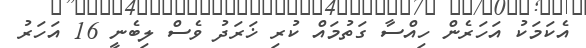
އެކަމަކު އަހަރެން ހިއްސާ ގަތުމައް ކުރި ޚަރަދު ވެސް ލިބެނީ 16 އަހަރު